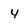
Character: 4